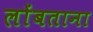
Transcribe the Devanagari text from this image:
लोंबताना